system: You are a helpful assistant.
user:
Analyze the provided spectrum to determine if it is a **Carbon Star (C-type)**.

- **Key Visual Indicators of Carbon Star:**
    - **(Primary):** Strong molecular absorption from **C₂ (diatomic carbon) "Swan Bands."** This is the **defining feature** of a carbon star.
        - **(Key Bandheads):** Sharp absorption edges are visible at approximately $5635$ Å, $5165$ Å (the strongest band), and $4737$ Å.
        - **(Line Profile):** Creates a distinct **"saw-tooth"** pattern. The key morphology is a sharp, steep bandhead on the **red (long-wavelength) side**, which then gradually tapers off (i.e., flux recovers) towards the **blue (short-wavelength) side**. *(This is the direct opposite of the TiO bands seen in M-type stars)*.

    - **(Secondary):** Intense **CN (cyanogen)** molecular absorption bands.
        - **(Key Bandheads):** Located in the blue and violet regions of the spectrum (e.g., near $4215$ Å and $3883$ Å).
        - **(Morphology):** These bands are extremely broad and act as a "blanket," absorbing the vast majority of blue and violet light. This creates a characteristic **"cliff"** or **"steep drop-off"** in the spectrum's flux at short wavelengths.

    - **(Key Confirmation):** Strong **CH absorption band (G-band)**.
        - **(Key Bandhead):** Located around $4300$ Å. The contribution from CH molecules to this band is exceptionally strong.

    - **(Overall Spectrum):**
        - The continuum is severely "chopped up" by these deep molecular bands, especially C₂, rather than appearing as a smooth curve.
        - Due to the heavy CN and C₂ absorption in the blue-green, the vast majority of the star's flux is concentrated in the red part of the spectrum, giving the star its characteristic deep red color.

Think first, call **spectral_visualization_tool** if needed to examine features in detail, then provide your final answer. Your response must adhere to the following strict rules:
1.  **Overall Structure:** Your response must follow the format `<think>...</think> <tool_call>...</tool_call> (if a tool is used) <answer>...</answer>`.
2.  **Tool Usage Constraint:** You may only make **one** tool call per turn.
3.  **Final Answer Format:** In the `<answer>` tag, your conclusion must be inside a `\boxed{}` command (e.g., `\boxed{YES}`), followed by your justification.

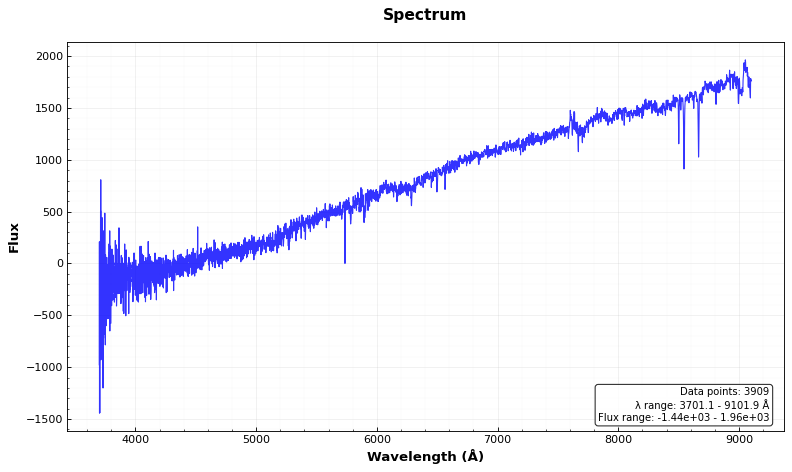
Answer: NO